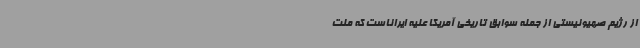
از رژیم صهیونیستی از جمله سوابق تاریخی آمریکا علیه ایراناست که ملت